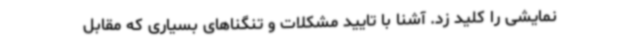
نمایشی را کلید زد. آشنا با تایید مشکلات و تنگناهای بسیاری که مقابل